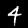
Label: 4